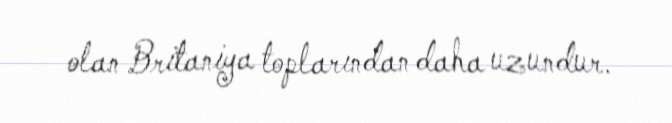
olan Britaniya toplarından daha uzundur.